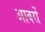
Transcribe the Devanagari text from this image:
आवरों